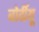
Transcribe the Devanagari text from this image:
बोर्दीयू